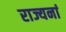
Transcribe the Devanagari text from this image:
राज्यनां